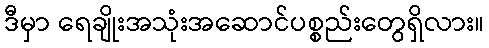
ဒီမှာ ရေချိုးအသုံးအဆောင်ပစ္စည်းတွေရှိလား။